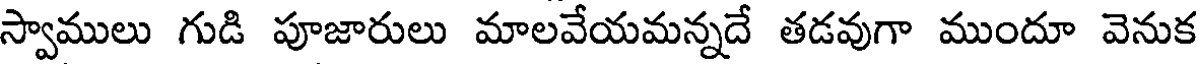
స్వాములు గుడి పూజారులు మాలవేయమన్నదే తడవుగా ముందూ వెనుక